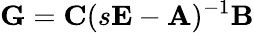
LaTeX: \mathbf{G}=\mathbf{C}(s\mathbf{E}-\mathbf{A})^{-1}\mathbf{B}